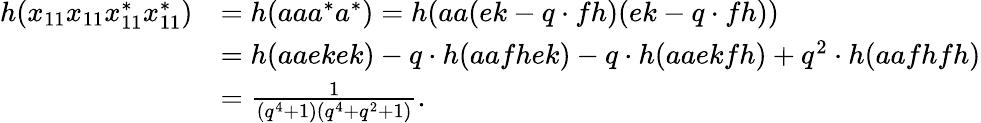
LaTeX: \begin{array}{rl}{h(x_{11}x_{11}x_{11}^{*}x_{11}^{*})}&{=h(aaa^{*}a^{*})=h(aa(ek-q\cdot fh)(ek-q\cdot fh))}\\ &{=h(aaekek)-q\cdot h(aafhek)-q\cdot h(aaekfh)+q^{2}\cdot h(aafhfh)}\\ &{=\frac{1}{(q^{4}+1)(q^{4}+q^{2}+1)}.}\end{array}